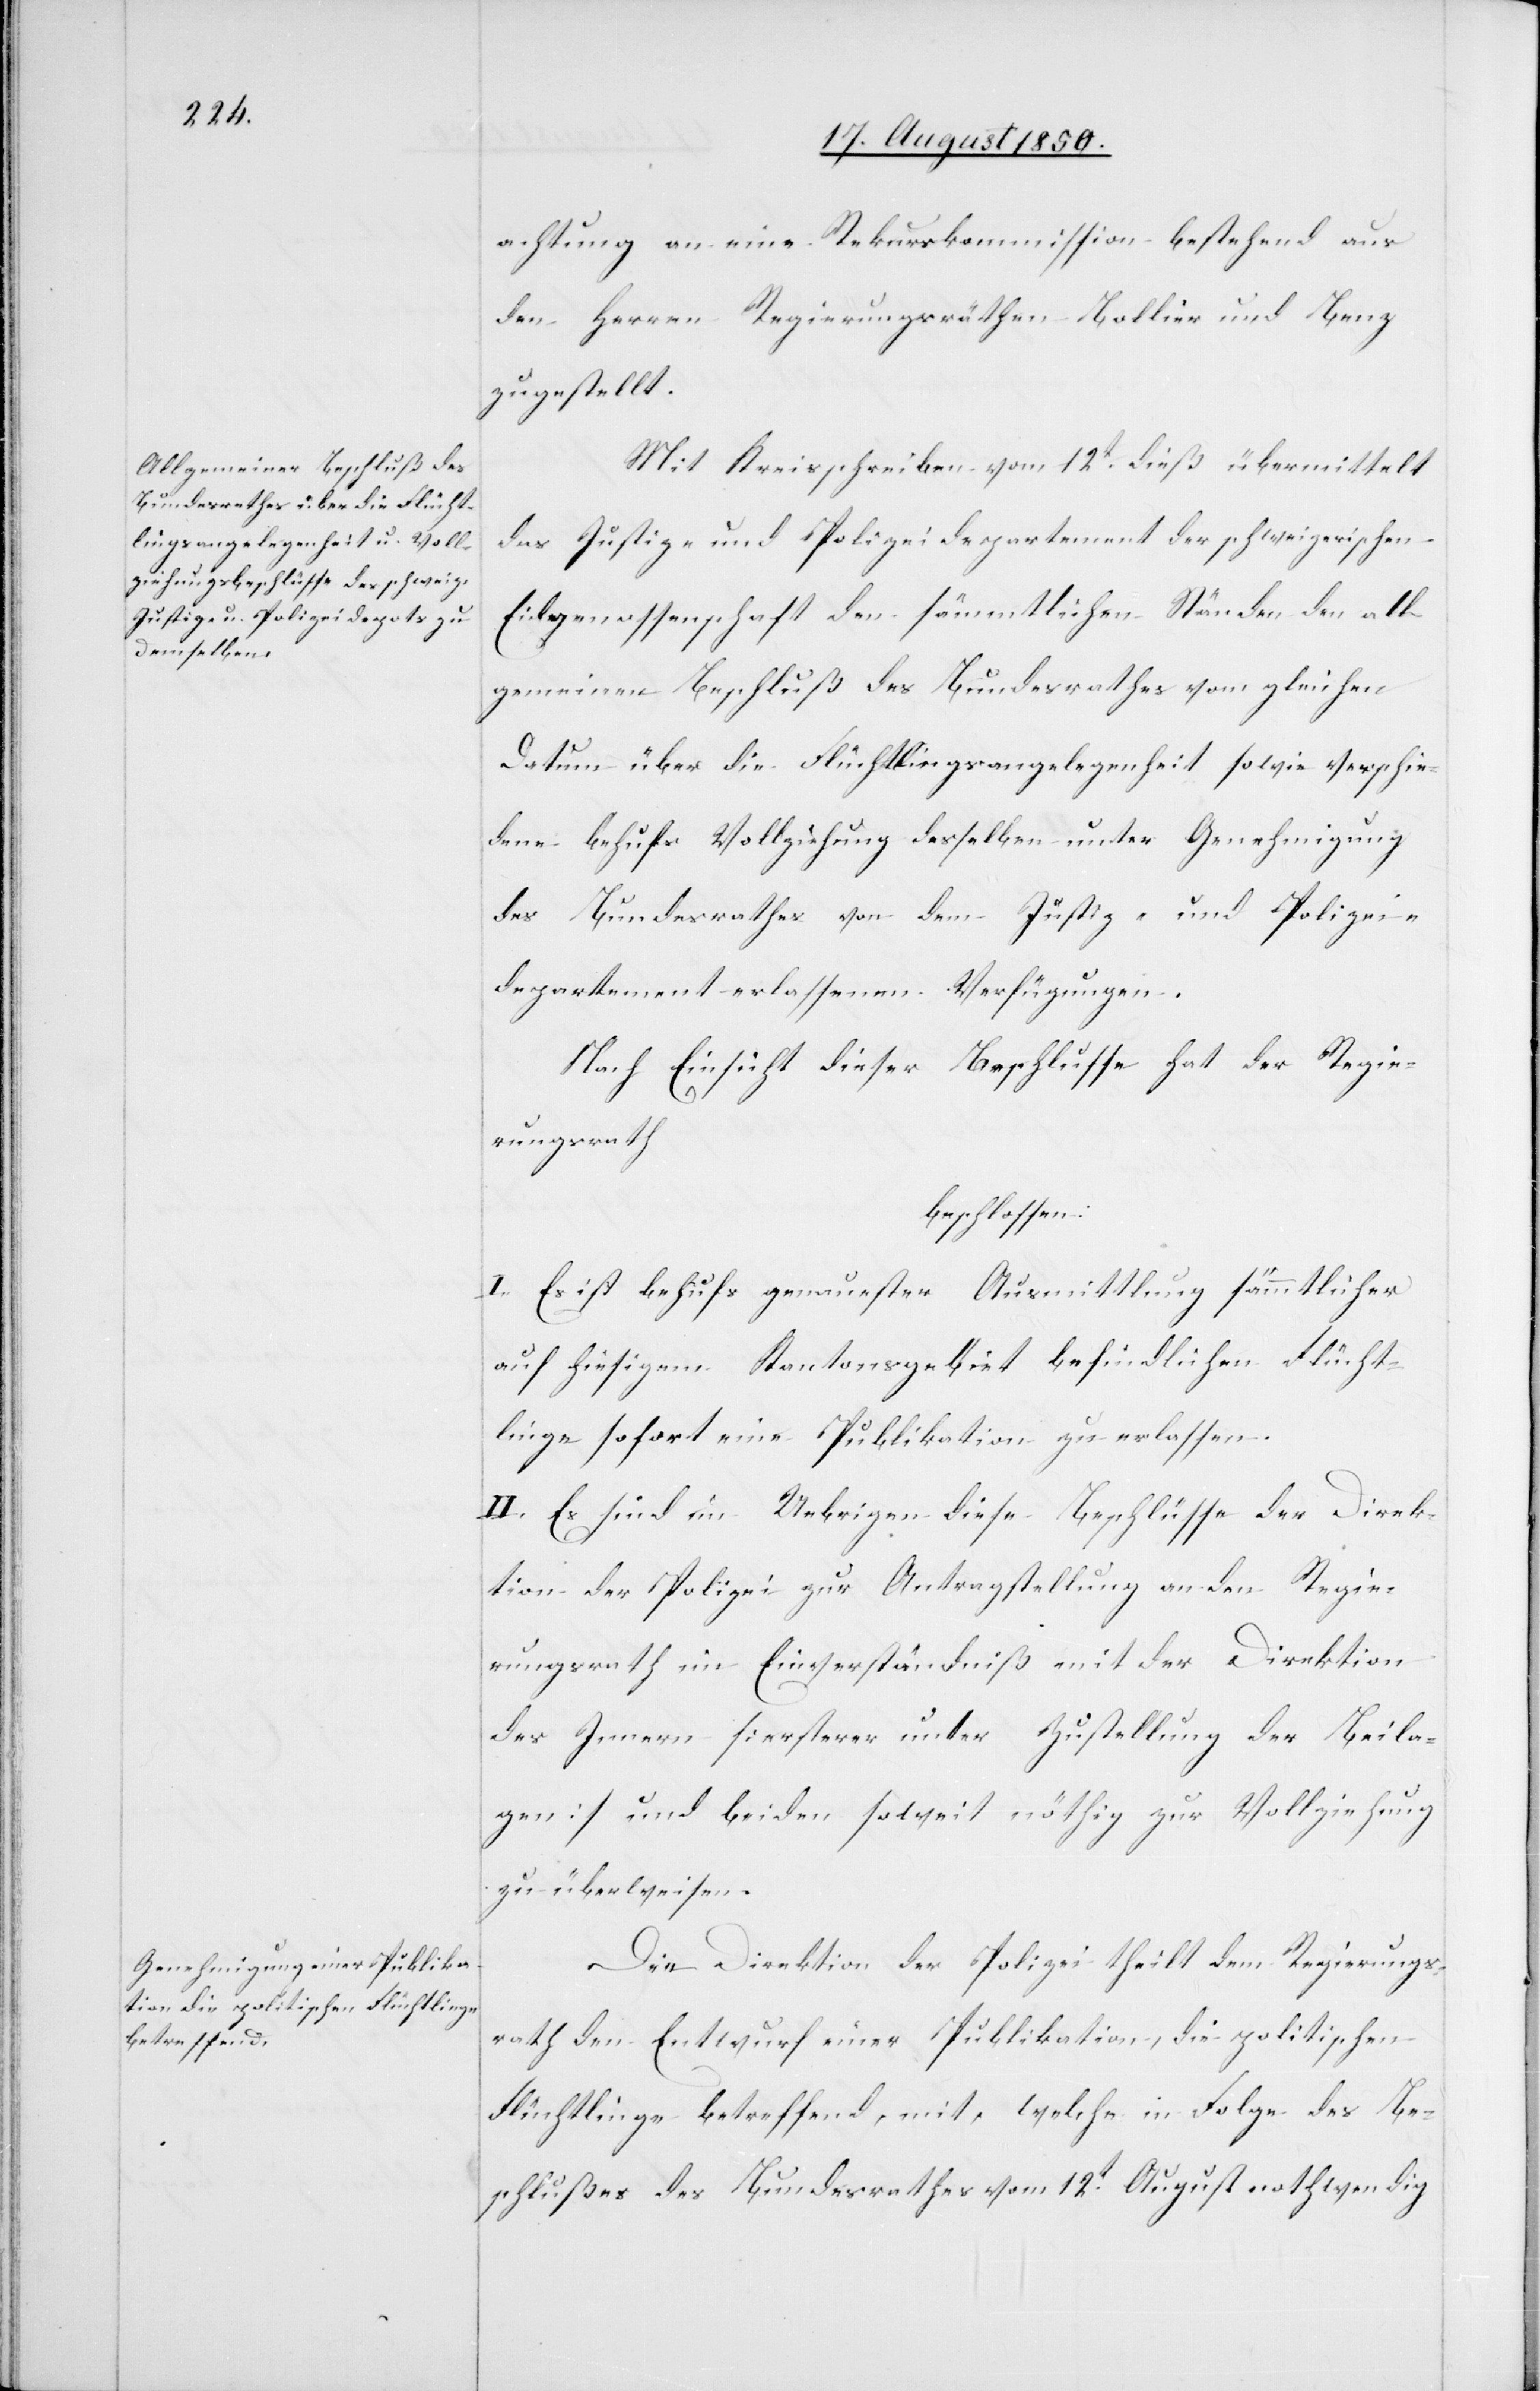
achtung an eine Rekurskommission bestehend aus
den Herren Regierungsräthen Bollier und Benz
zugestellt.
Mit Kreisschreiben vom 12t dieß übermittelt
das Justiz- und Polizeidepartement der schweizerischen
Eidgenossenschaft den sämmtlichen Ständen den all¬
gemeinen Beschluß des Bundesrathes vom gleichen
Datum über die Flüchtlingsangelegenheit sowie verschie¬
dene behufs Vollziehung desselben unter Genehmigung
des Bundesrathes von dem Justiz- und Polizei¬
departement erlassenen Verfügungen.
Nach Einsicht dieser Beschlusse hat der Regie¬
rungsrath
beschlossen:
I. Es ist behufs genauester Ausmittlung sämmtlicher
auf hiesigem Kantonsgebiet befindlichen Flücht¬
linge sofort eine Publikation zu erlassen.
II. Es sind im Uebrigen diese Beschlüsse der Direk¬
tion der Polizei zur Antragstellung an den Regie¬
rungsrath im Einverständniß mit der Direktion
des Innern [ersterer unter Zustellung der Beila¬
gen] und beiden soweit nöthig zur Vollziehung
zu überweisen.
Die Direktion der Polizei theilt dem Regierungs¬
rath den Entwurf einer Publikation, die politischen
Flüchtlinge betreffend, mit, welche in Folge des Be¬
schlußes des Bundesrathes vom 12t August nothwendig